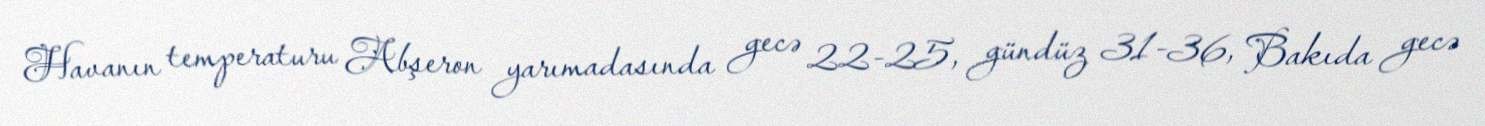
Havanın temperaturu Abşeron yarımadasında gecə 22-25, gündüz 31-36, Bakıda gecə